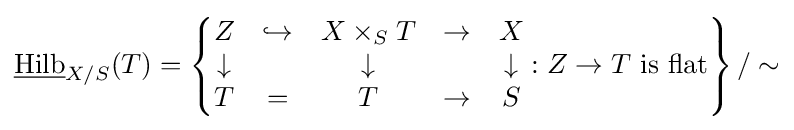
{\underline {\text{Hilb}}}_{X/S}(T)=\left\{{\begin{matrix}Z&\hookrightarrow &X\times _{S}T&\to &X\\\downarrow &&\downarrow &&\downarrow \\T&=&T&\to &S\end{matrix}}:Z\to T{\text{ is flat}}\right\}/\sim